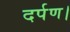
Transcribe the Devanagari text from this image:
दर्पण।